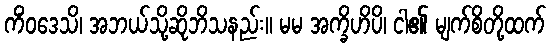
ကိံဝဒေသိ၊ အဘယ်သို့ဆိုဘိသနည်း။ မမ အက္ခိဟိပိ၊ ငါ၏ မျက်စိတို့ထက်